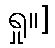
ရှု။]